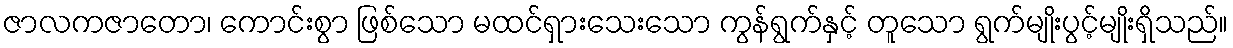
ဇာလကဇာတော၊ ကောင်းစွာ ဖြစ်သော မထင်ရှားသေးသော ကွန်ရွက်နှင့် တူသော ရွက်မျိုးပွင့်မျိုးရှိသည်။